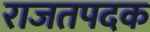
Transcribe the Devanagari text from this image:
राजतपदक